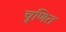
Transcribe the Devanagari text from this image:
चूणित